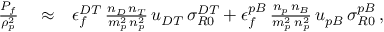
\begin{array} { r l r } { \frac { P _ { f } } { \rho _ { p } ^ { 2 } } } & { { } \approx } & { \epsilon _ { f } ^ { D T } \, \frac { n _ { D } \, n _ { T } } { m _ { p } ^ { 2 } \, n _ { p } ^ { 2 } } \, u _ { D T } \, \sigma _ { R 0 } ^ { D T } + \epsilon _ { f } ^ { p B } \, \frac { n _ { p } \, n _ { B } } { m _ { p } ^ { 2 } \, n _ { p } ^ { 2 } } \, u _ { p B } \, \sigma _ { R 0 } ^ { p B } \, , } \end{array}